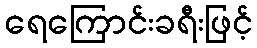
ရေကြောင်းခရီးဖြင့်